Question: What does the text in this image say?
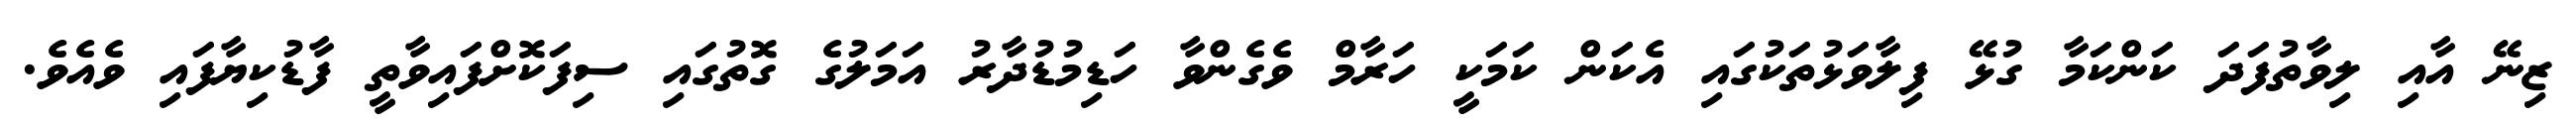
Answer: ޒިނޭ އާއި ލިވާތުފަދަ ކަންކަމާ ގުޅޭ ފިލާވަޅުތަކުގައި އެކަން ކަމަކީ ހަރާމް ވެގެންވާ ހަޑިމުޑުދާރު އަމަލުގެ ގޮތުގައި ސިފަކޮށްފައިވާތީ ފާޑުކިޔާފައި ވެއެވެ.